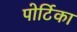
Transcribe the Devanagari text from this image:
पोर्टिका